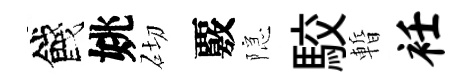
餞姚砌覈隠駮暫衽